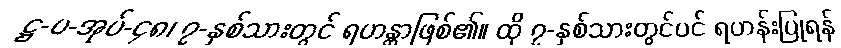
ဋ္ဌ-ပ-အုပ်-၄၈၊ ၇-နှစ်သားတွင် ရဟန္တာဖြစ်၏။ ထို ၇-နှစ်သားတွင်ပင် ရဟန်းပြုရန်